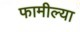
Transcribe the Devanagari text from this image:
फामील्या